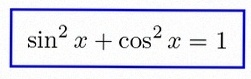
\sin^2x+\cos^2x=1